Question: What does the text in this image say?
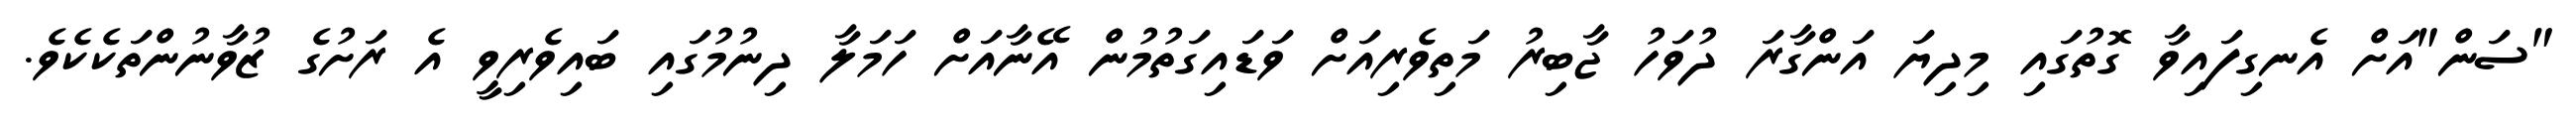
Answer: "ސަން"އަށް އެނގިފައިވާ ގޮތުގައި މިދިޔަ އަންގާރަ ދުވަހު ޖާބިރު މަތިވެރިއަށް ވަޑައިގަތުމުން އޭނާއަށް ހަމަލާ ދިނުމުގައި ބައިވެރިވީ އެ ރަށުގެ ޒުވާނުންތަކެކެވެ.